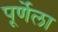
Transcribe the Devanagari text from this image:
पूर्णेला